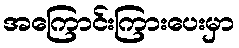
အကြောင်းကြားပေးမှာ